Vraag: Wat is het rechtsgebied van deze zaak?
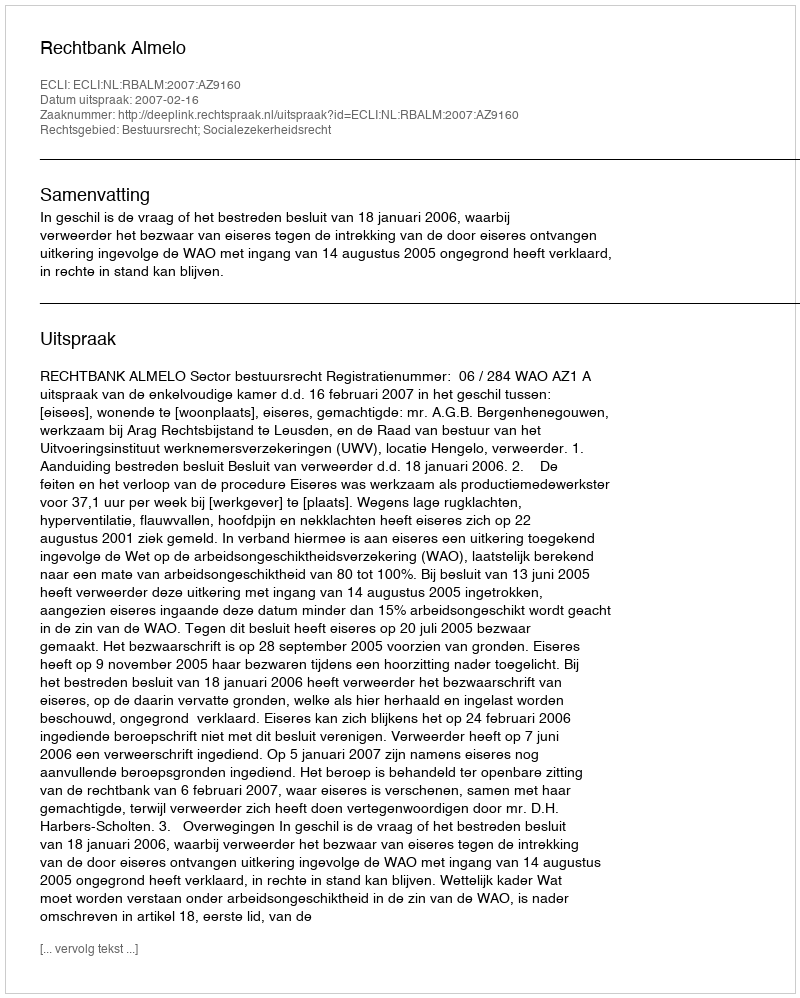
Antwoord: Bestuursrecht; Socialezekerheidsrecht